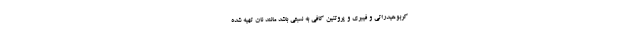
کربوهیدراتی و فیبری و پروتئین کافی به نسبتی باشد مانند نان تهیه شده